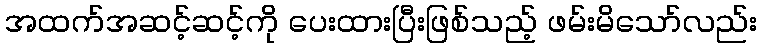
အထက်အဆင့်ဆင့်ကို ပေးထားပြီးဖြစ်သည့် ဖမ်းမိသော်လည်း